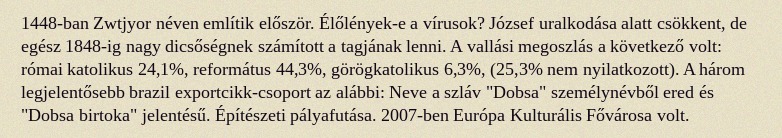
1448-ban Zwtjyor néven említik először. Élőlények-e a vírusok? József uralkodása alatt csökkent, de egész 1848-ig nagy dicsőségnek számított a tagjának lenni. A vallási megoszlás a következő volt: római katolikus 24,1%, református 44,3%, görögkatolikus 6,3%, (25,3% nem nyilatkozott). A három legjelentősebb brazil exportcikk-csoport az alábbi: Neve a szláv "Dobsa" személynévből ered és "Dobsa birtoka" jelentésű. Építészeti pályafutása. 2007-ben Európa Kulturális Fővárosa volt.